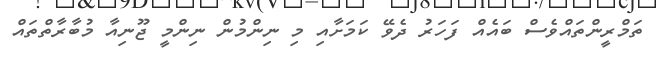
ތަމްރީންތައްވެސް ބައެއް ފަހަރު ދެވޭ ކަމަށާއި މި ނިންމުން ނިންމީ ޖޫނިއާ މުބާރާތްތައް